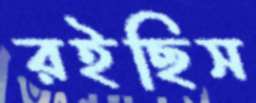
রইছিস